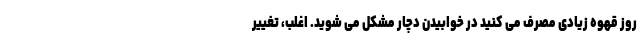
روز قهوه زیادی مصرف می کنید در خوابیدن دچار مشکل می شوید. اغلب، تغییر